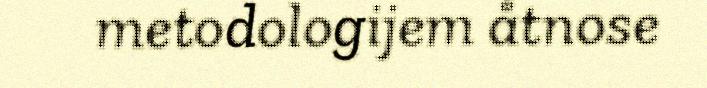
metodologijem åtnose